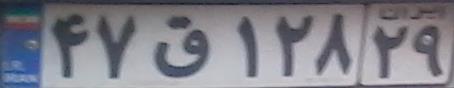
۴۷ق۱۲۸۲۹